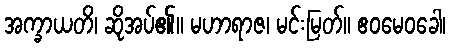
အက္ခာယတိ၊ ဆိုအပ်၏။ မဟာရာဇ၊ မင်းမြတ်။ ဧဝမေဝခေါ၊